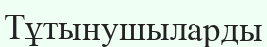
Тұтынушыларды